Annual report on the working of the mental hospitals in the Madras Presidency - 1912-1932
Year: 1912
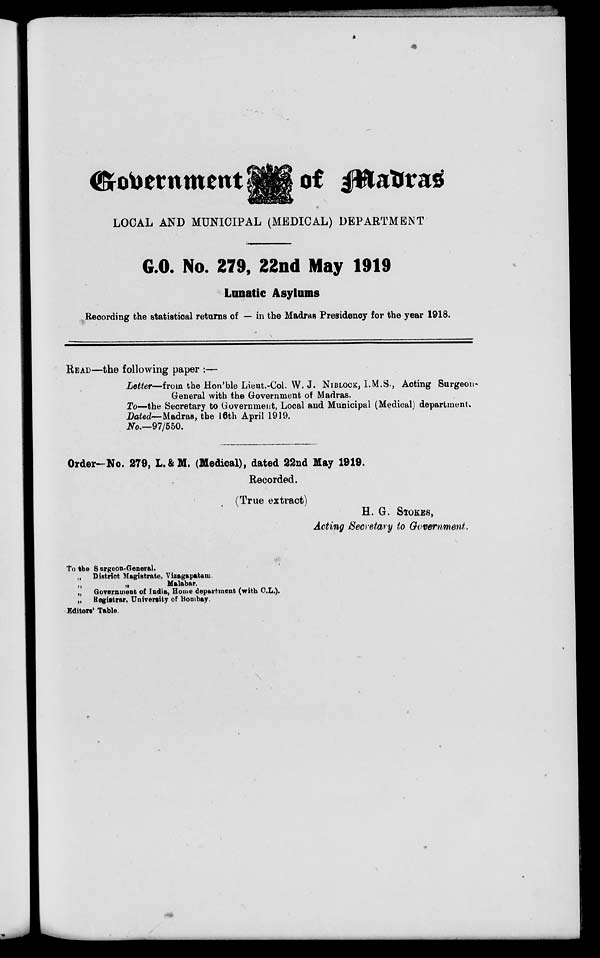
Government
of madras
LOCAL AND MUNICIPAL (MEDICAL) DEPARTMENT
G.O. No. 279, 22nd May 1919
Lunatic Asylums
Recording the statistical returns of — in the Madras Presidency for the year 1918.
READ—the following paper :—
Letter—from the Hon'ble Lieut.-Col. W. J. NIBLOCK, I.M.S., Acting Surgeon-
General with the Government of Madras.
To—the Secretary to Government, Local and Municipal (Medical) department.
Dated— Madras, the 16th April 1919.
No.—97/550.
Order—No. 279, L.&M. (Medical), dated 22nd May 1919.
Recorded.
(True extract)
H. G. STOKES,
Acting Secretary to Government.
To the Surgeon-General.
„ District Magistrate, Vizagapatam.
„
„
Malabar.
„ Government of India, Home department (with C.L.).
„ Registrar, University of Bombay.
Editors' Table.